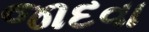
જાદવા